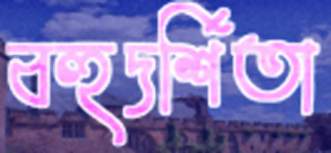
বহুদর্শিতা